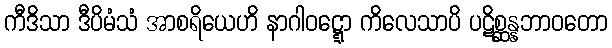
ကီဒိသာ ဒီပိမံသံ အာစရိယေဟိ နာဂါဝဋ္ဋော ကိလေသာပိ ပဋိစ္ဆန္နဘာဝတော